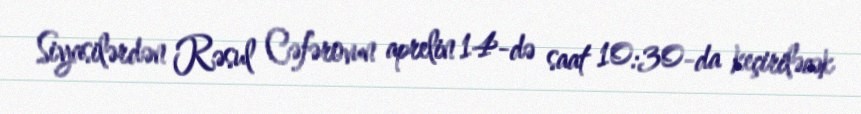
Siyasilərdən Rəsul Cəfərovun aprelin 14-də saat 10:30-da keçiriləcək